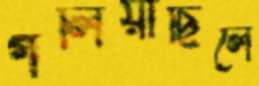
গলিয়াছিলে